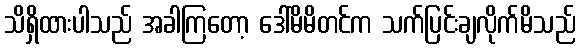
သိရှိထားပါသည် အခါကြတော့ ဒေါ်မိမိတင်က သက်ပြင်းချလိုက်မိသည်